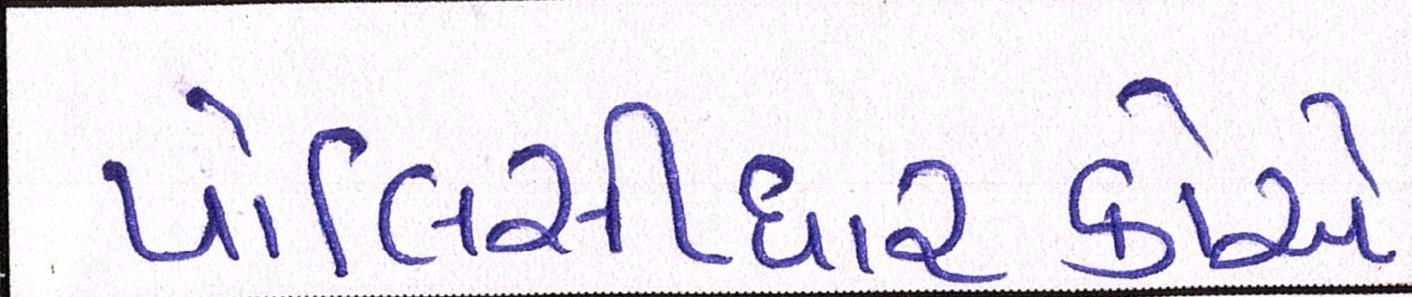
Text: પોલિસીધારકોએ